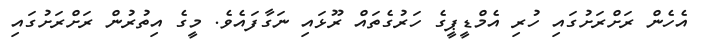
އެހެން ރަށްރަށުގައި ހުރި އެމްޑީޕީގެ ހަރުގެތައް ރޫޅައި ނަގާފައެވެ. މީގެ އިތުރުން ރަށްރަށުގައި